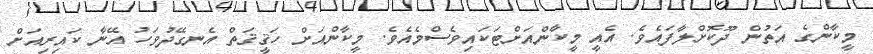
މީކާންގެ އަތުން ދޫކޮށްލާފައެވެ. އެއީ މީކާންއަށްޓަކައިވެސްމެއެވެ. މީކާންއަށް ހަޤީޤަތް އެނގޭދުވަހު އޭނާ ކައިރިއަށް